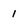
Character: 1